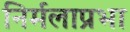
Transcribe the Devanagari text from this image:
निर्मलाप्रभा